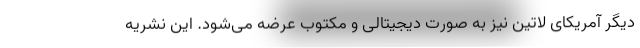
دیگر آمریکای لاتین نیز به صورت دیجیتالی و مکتوب عرضه می‌شود. این نشریه